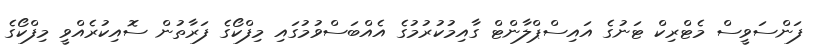
ފަންސަވީސް މެޓްރިކް ޓަނުގެ އައިސްޕްލާންޓް ގާއިމުކުރުމުގެ އެއްބަސްވުމުގައި މިފްކޯގެ ފަރާތުން ސޮއިކުރެއްވީ މިފްކޯގެ